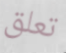
تعلق